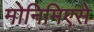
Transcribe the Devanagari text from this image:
मोनिमिएसे